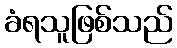
ခံရသူဖြစ်သည်